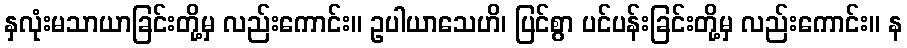
နှလုံးမသာယာခြင်းတို့မှ လည်းကောင်း။ ဥပါယာသေဟိ၊ ပြင်စွာ ပင်ပန်းခြင်းတို့မှ လည်းကောင်း။ န